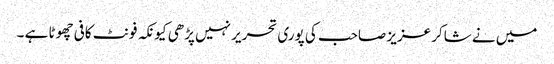
میں نے شاکر عزیز صاحب کی پوری تحریر نہیں پڑھی کیونکہ فونٹ کافی چھوٹا ہے ۔